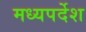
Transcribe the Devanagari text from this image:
मध्यपर्देश